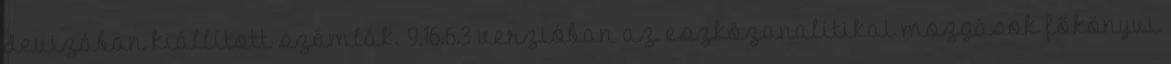
devizában kiállított számlák. 9.16.6.3 verzióban az eszközanalitikai mozgások főkönyvi